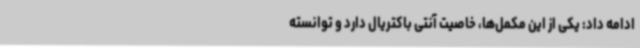
ادامه داد: یکی از این مکمل‌ها، خاصیت آنتی باکتریال دارد و توانسته